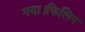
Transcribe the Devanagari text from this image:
गया।फिलिप